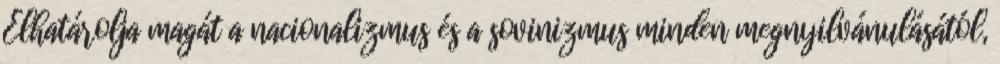
Elhatárolja magát a nacionalizmus és a sovinizmus minden megnyilvánulásától,